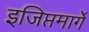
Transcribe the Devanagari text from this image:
इजिप्तमार्गे